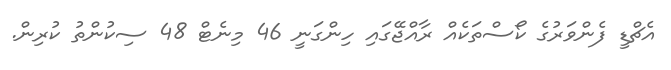
އެޗްޑީ ފެންވަރުގެ ކޯސްތަކެއް ރާއްޖޭގައި ހިންގަނީ 46 މިނެޓް 48 ސިކުންތު ކުރިން.